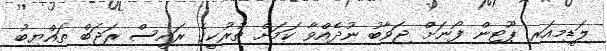
ލަޑީމިއަރ ޕޫޓިން ފޯނަށް ޖަވާބު ނުދެއްވާ ކަމަށް ތުރުކީގެ ރައީސް ރަޖަބް ތައްޔިބު